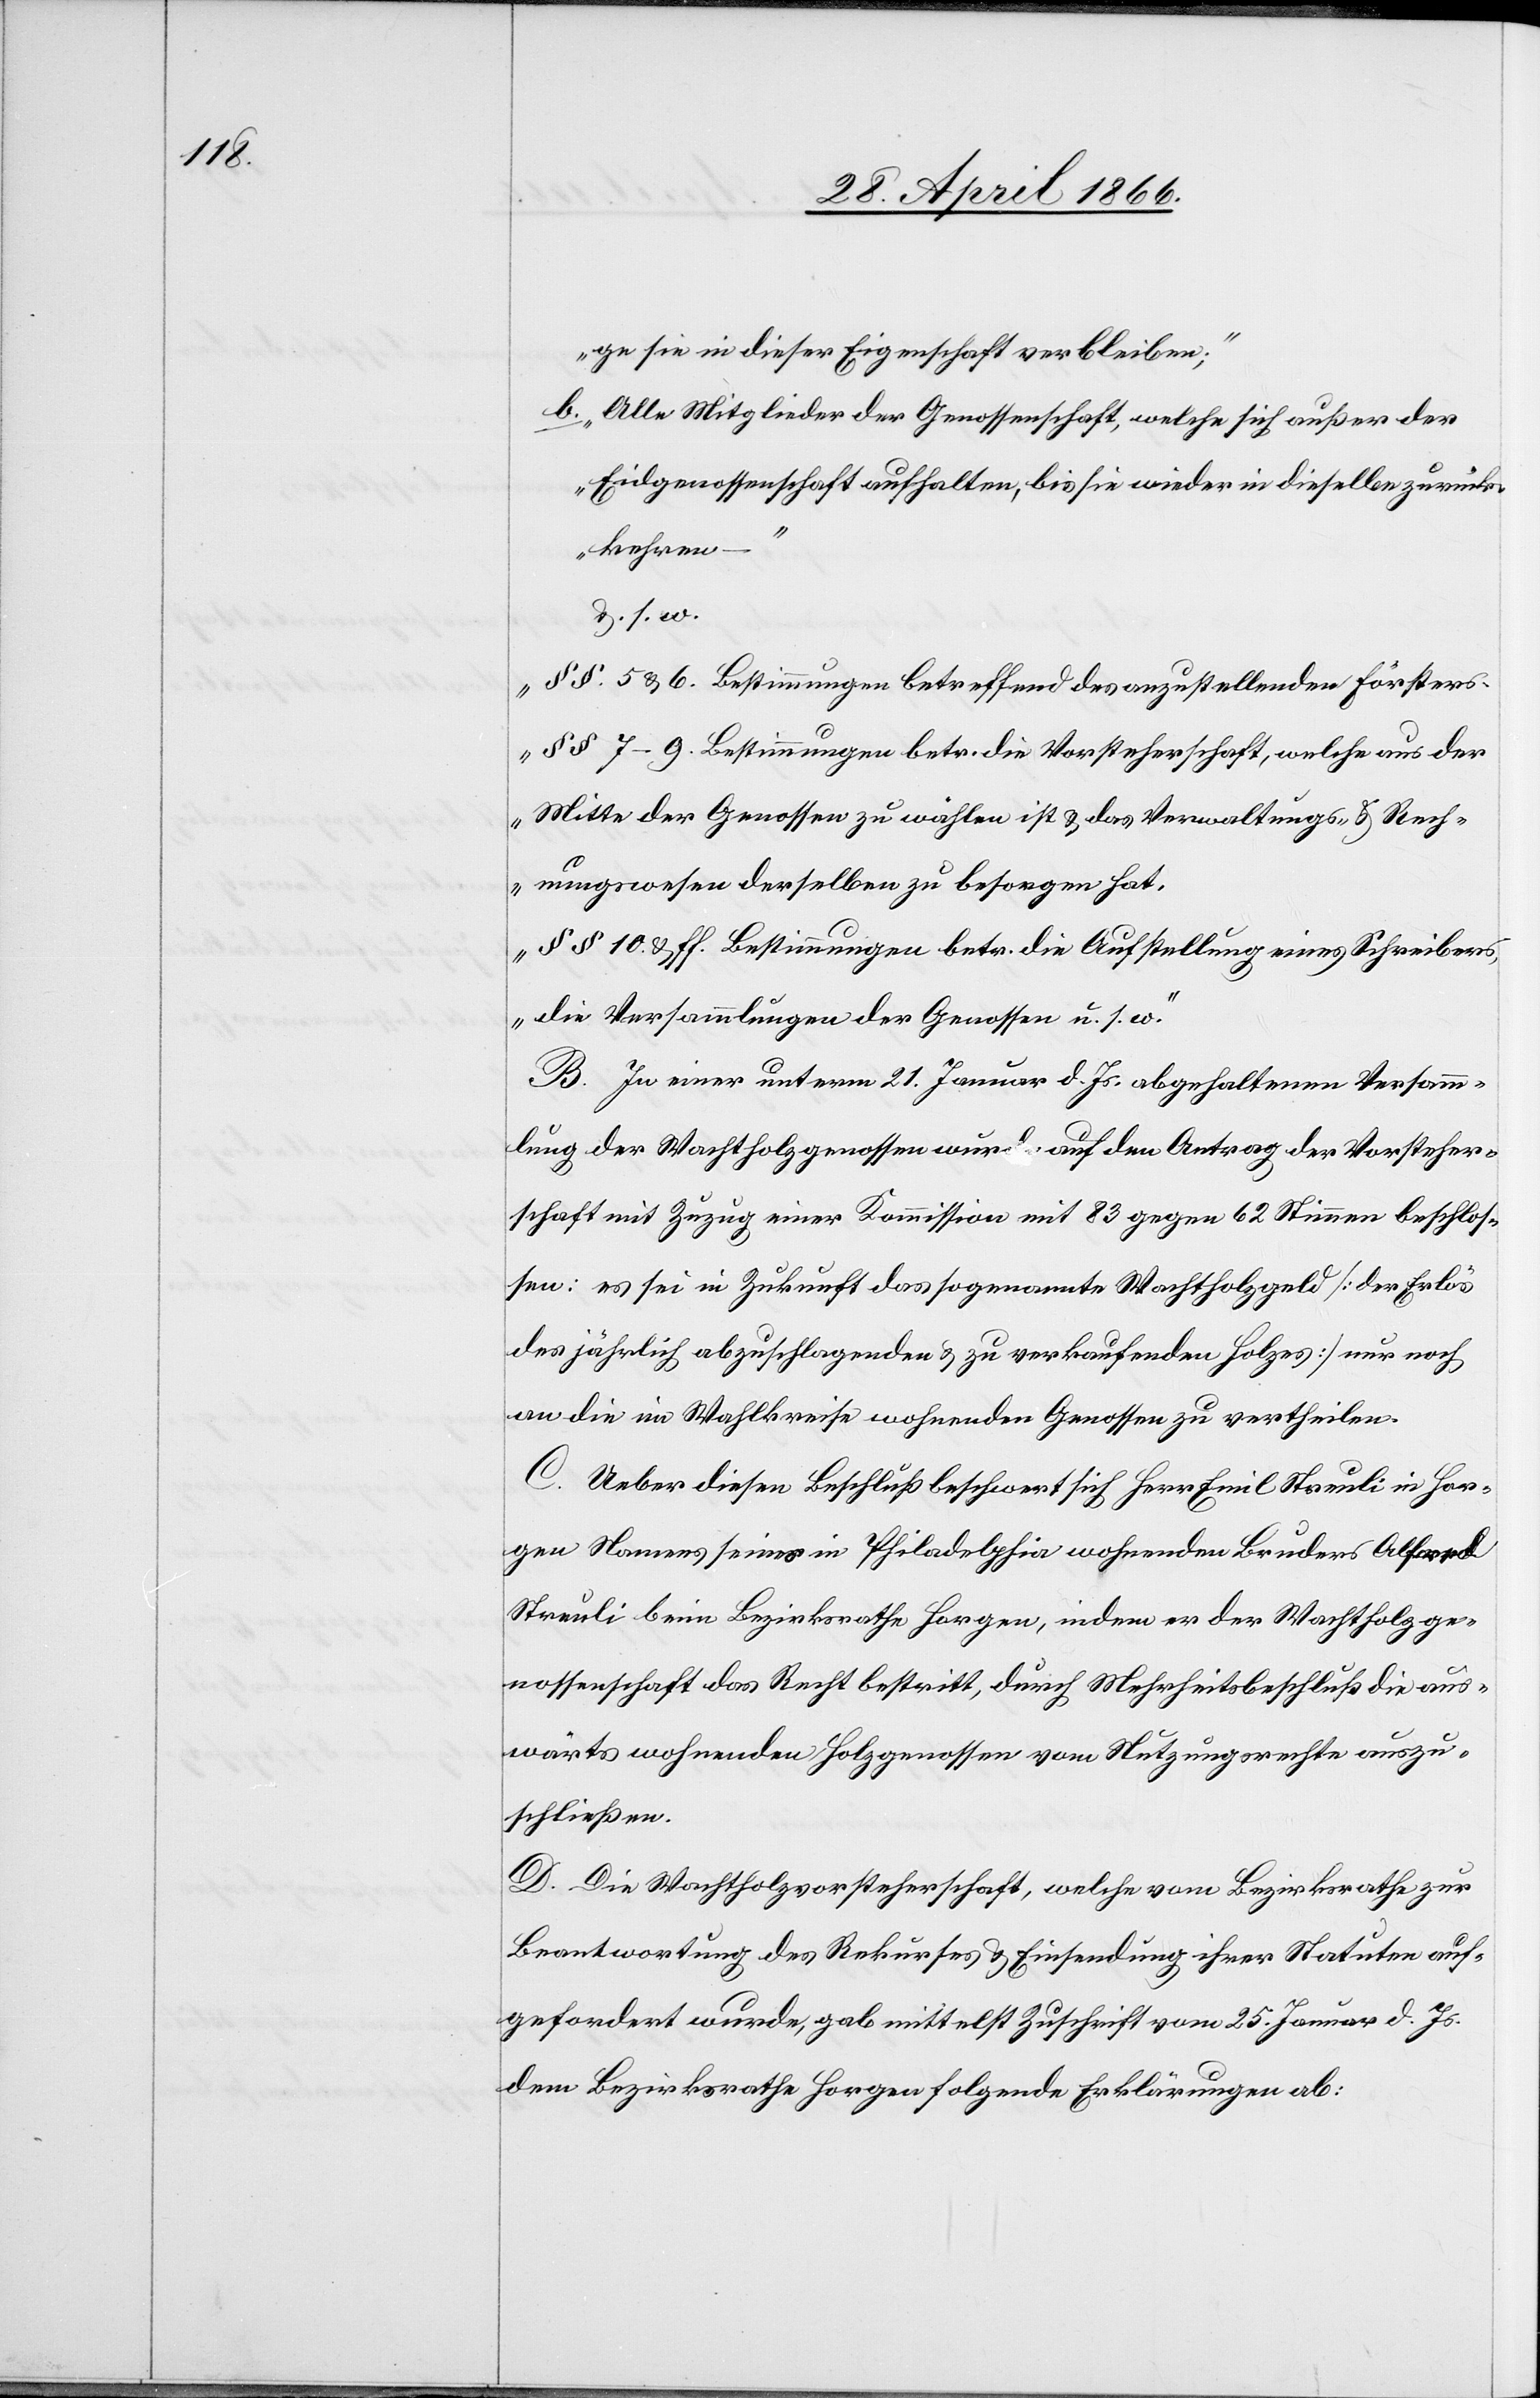
ge sie in dieser Eigenschaft verbleiben.
b. Alle Mitglieder der Genossenschaft, welche sich außer der
Eidgenossenschaft aufhalten, bis sie wieder in dieselbe zurück¬
kehren –
u. s. w.
§ 5 u. 6. Bestimmungen betreffend des anzustellenden Försters.
§ § 7–9. Bestimmungen betr. die Vorsteherschaft, welche aus der
Mitte der Genossen zu wählen ist u. das Verwaltungs- u. Rech¬
nungswesen derselben zu besorgen hat.
§ § 10 u. ff. Bestimmungen betr. die Aufstellung eines Schreibers,
die Versammlungen der Genossen u. s. w.“
B. In einer unterm 21. Januar d. Js. abgehaltenen Versamm¬
lung der Wachtholzgenossen wurde auf den Antrag der Vorsteher¬
schaft mit Zuzug einer Kommission mit 83 gegen 62 Stimmen beschlos¬
sen: es sei in Zukunft das sogenannte Wachtholzgeld [der Erlös
des jährlich abzuschlagenden u. zu verkaufenden Holzes] nur noch
an die im Wahlkreise wohnenden Genossen zu vertheilen.
C. Ueber diesen Beschluß beschwert sich Herr Emil Streuli in Hor¬
gen Namens seines in Philadelphia wohnenden Bruders Alfred
Streuli beim Bezirksrathe Horgen, indem er der Wachtholzge¬
nossenschaft das Recht bestritt, durch Mehrheitsbeschluß die aus¬
wärts wohnenden Holzgenossen vom Nutzungsrechte auszu¬
schließen.
D. Die Wachtholzvorsteherschaft, welche vom Bezirksrathe zur
Beantwortung des Rekurses u. Einsendung ihrer Statuten auf¬
gefordert wurde, gab mittelst Zuschrift vom 25. Januar d. Js.
dem Bezirksrathe Horgen folgende Erklärungen ab: